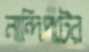
নান্দিপটের